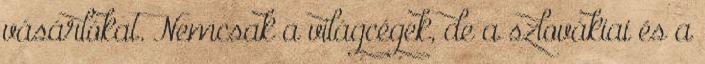
vásárlókat. Nemcsak a világcégek, de a szlovákiai és a